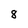
Character: 8